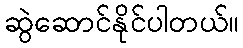
ဆွဲဆောင်နိုင်ပါတယ်။